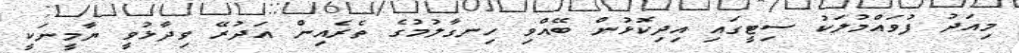
މިއަދު ފުވައްމުލަކު ސިޓީގައި އިދިކޮޅުން ބޭއްވި ހިނގާލުމުގެ ތެރެއިން އަދުރޭ ވިދާޅުވީ ޔާމީނަކީ